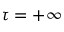
\tau = + \infty